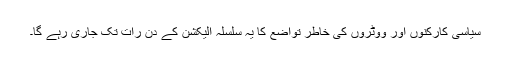
سیاسی کارکنوں اور ووٹروں کی خاطر تواضع کا یہ سلسلہ الیکشن کے دن رات تک جاری رہے گا۔